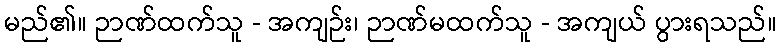
မည်၏။ ဉာဏ်ထက်သူ - အကျဉ်း၊ ဉာဏ်မထက်သူ - အကျယ် ပွားရသည်။